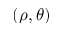
( \rho , \theta )